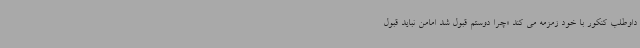
داوطلب کنکور با خود زمزمه می کند «چرا دوستم قبول شد امامن نباید قبول